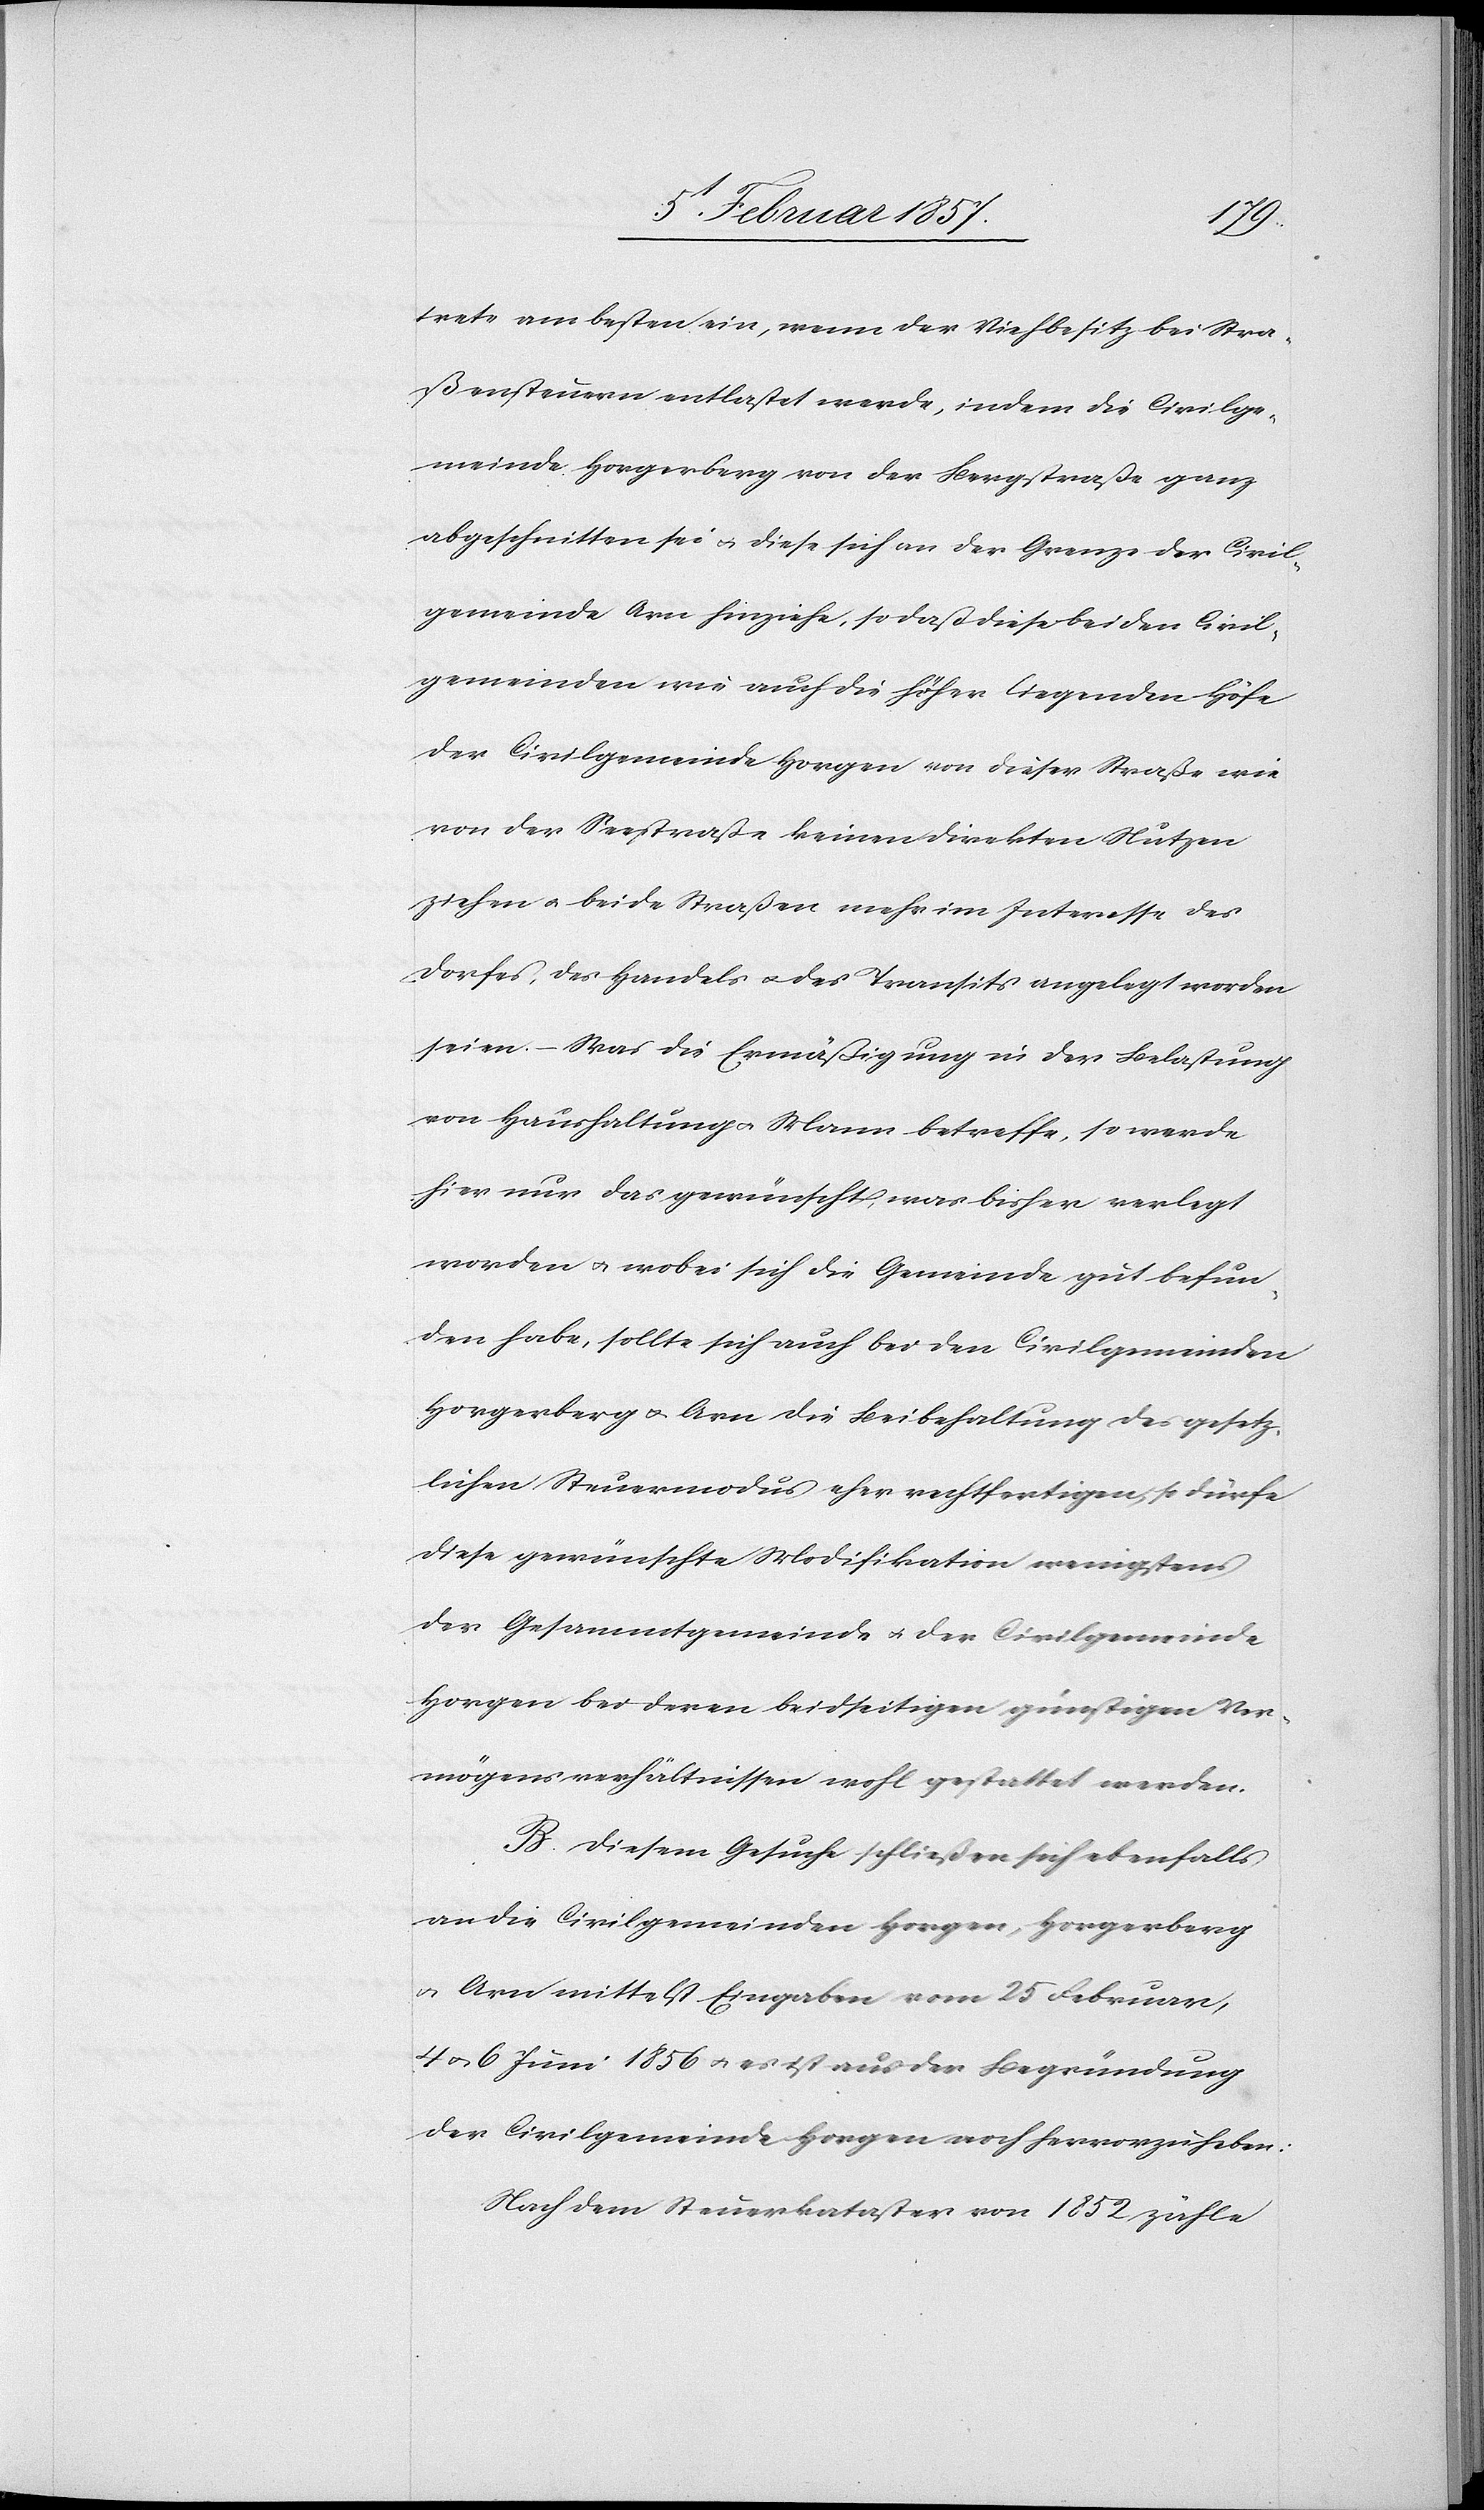
trete am besten ein, wenn der Viehbesitz bei Stra¬
ßensteuer entlastet werde, indem die Civilge¬
meinde Horgerberg von der Bergstraße ganz
abgeschnitten sei & diese sich an der Grenze der Civil¬
gemeinde Arn hinziehe, so daß diese beiden Civil¬
gemeinden wie auch die höher liegenden Höfe
der Civilgemeinde Horgen von dieser Straße wie
von der Seestraße keinen direkten Nutzen
ziehen u. beide Straßen mehr im Interesse des
Dorfes, des Handels u. des Transits angelegt worden
seien. – Was die Ermäßigung in der Belastung
von Haushaltung u. Mann betreffe, so werde
hier nur das gewünscht, was bisher verlegt
worden & wobei sich die Gemeinde gut befun¬
den habe, sollte sich auch bei den Civilgemeinden
Horgerberg & Arn die Beibehaltung des gesetz¬
lichen Steuermodus eher rechtfertigen, so dürfe
diese gewünschte Modifikation wenigstens
der Gesammtgemeinde & der Civilgemeinde
Horgen bei deren beidseitigen günstigen Ver¬
mögensverhältnissen wohl gestattet werden.
B. Diesem Gesuche schließen sich ebenfalls
an die Civilgemeinden Horgen, Horgerberg
u. Arn mittelst Eingaben vom 25 Februar,
6 Juni 1856 u. es ist aus der Begründung
der Civilgemeinde Horgen noch hervorzuheben:
Nach dem Steuerkataster von 1852 zähle